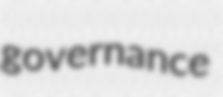
governance